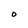
Character: O